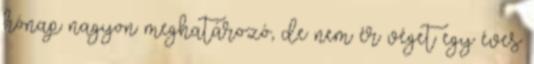
hónap nagyon meghatározó, de nem ér véget egy éves